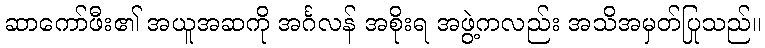
ဆာကော်ဖီး၏ အယူအဆကို အင်္ဂလန် အစိုးရ အဖွဲ့ကလည်း အသိအမှတ်ပြုသည်။